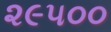
૨૯૫૦૦